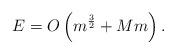
LaTeX: \begin{align*}E=O\left(m^{\frac{3}{2}} + M m \right).\end{align*}